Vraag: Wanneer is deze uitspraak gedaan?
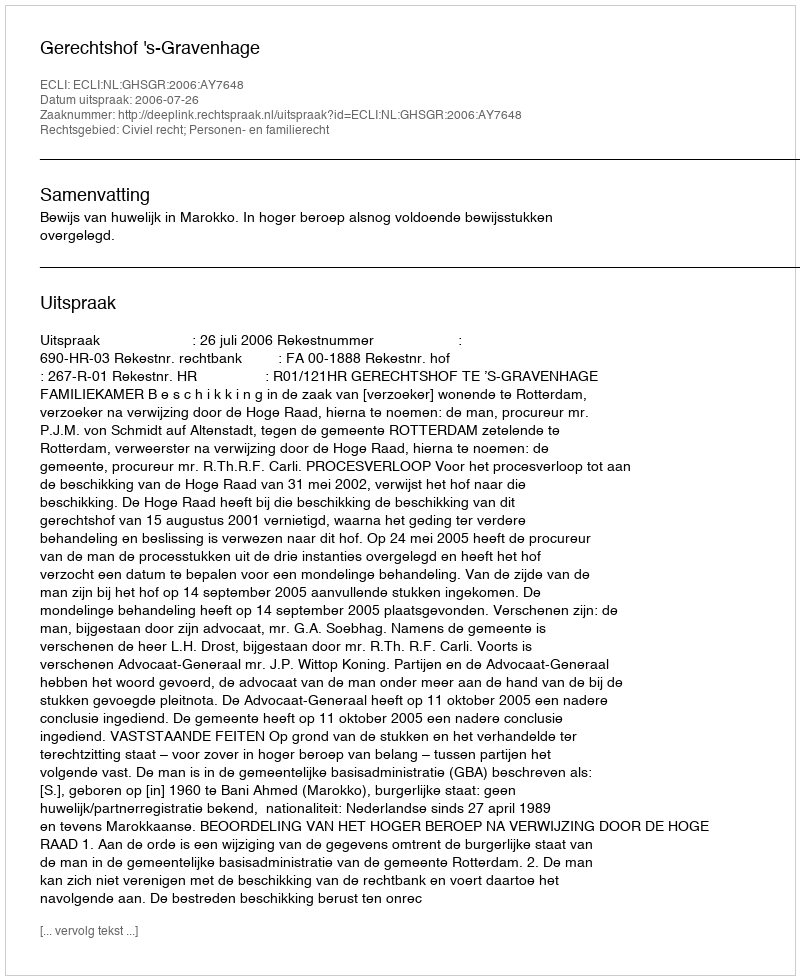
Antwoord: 2006-07-26